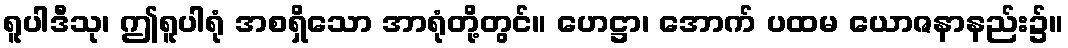
ရူပါဒီသု၊ ဤရူပါရုံ အစရှိသော အာရုံတို့တွင်။ ဟေဋ္ဌာ၊ အောက် ပထမ ယောဇနာနည်း၌။